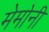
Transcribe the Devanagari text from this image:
मेमोनी